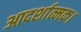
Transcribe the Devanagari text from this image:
आदर्शात्मक।